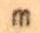
m